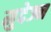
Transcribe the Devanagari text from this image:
मुदेज्न